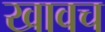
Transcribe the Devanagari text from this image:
खावच